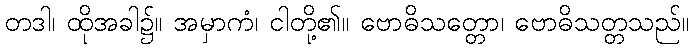
တဒါ၊ ထိုအခါ၌။ အမှာကံ၊ ငါတို့၏။ ဗောဓိသတ္တော၊ ဗောဓိသတ္တသည်။